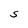
Character: e